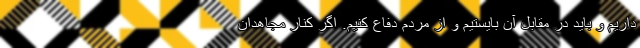
داریم و باید در مقابل آن بایستیم و از مردم دفاع کنیم. اگر کنار مجاهدان